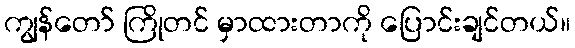
ကျွန်တော် ကြိုတင် မှာထားတာကို ပြောင်းချင်တယ်။